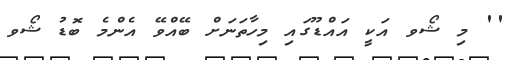
'' މި ޝޯވ އަކީ އައްޑޫގައި މިހާތަނަށް ބޭއްވޭ އެންމެ ބޮޑު ޝޯވ